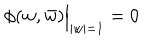
\phi ( w , \bar { w } ) \Bigr | _ { | w | = 1 } = 0